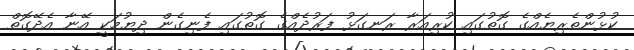
ކުޅުންތެރިޔެއްގެ ގޮތުގައި ކުރިއަރާ ރަނގަޅު ފަރުދެއްގެ ގޮތުގައި ފެނިގެން ދިޔުމަކީ އޭނާ އެދޭގޮތް